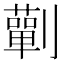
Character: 𭄚